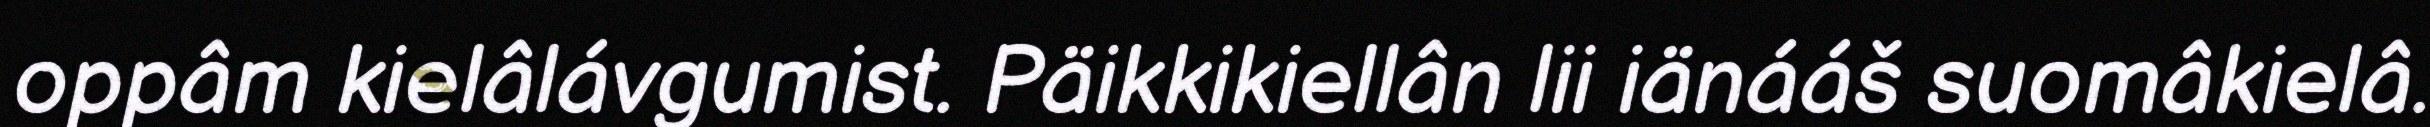
oppâm kielâlávgumist. Päikkikiellân lii iänááš suomâkielâ.